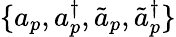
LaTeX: \{ a_{p},a_{p}^{\dagger},\tilde{a}_{p},\tilde{a}_{p}^{\dagger}\}